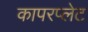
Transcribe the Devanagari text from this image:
कापरप्लेट